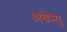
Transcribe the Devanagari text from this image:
अवेन्यू